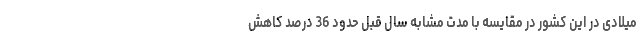
میلادی در این کشور در مقایسه با مدت مشابه سال قبل حدود 36 درصد کاهش